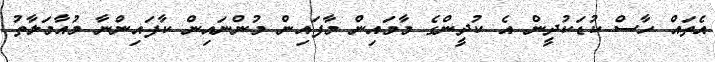
އެތައް ހާސް ކުޑަކުދީން އެ ކުދީންގެ މާމައިން މާފައިން މުންނައިން ކާފައިންނާ މުއާމަލާތު